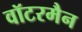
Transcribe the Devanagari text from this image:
वॉटरमैन